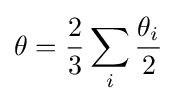
\theta ={\frac {2}{3}}\sum _{i}{\frac {\theta _{i}}{2}}